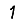
Digit: 1